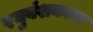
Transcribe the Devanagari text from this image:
रघुवंशकाव्य